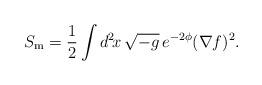
LaTeX: \begin{align*}S_{\rm m} = \frac{1}{2} \int d^2\!x\, \sqrt{-g}\, e^{-2\phi} (\nabla f)^2.\end{align*}